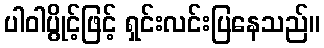
ပါဝါပွိုင့်ဖြင့် ရှင်းလင်းပြနေသည်။